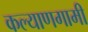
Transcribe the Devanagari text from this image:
कल्याणगामी